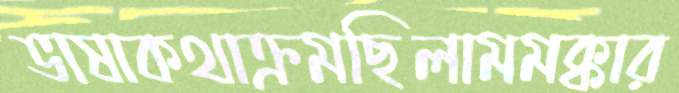
ভাষাকথাক্রমছিলামমক্কার